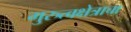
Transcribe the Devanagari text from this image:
गुरुत्वक्षेत्राचा